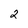
Character: 2